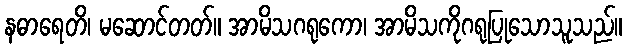
နဓာရေတိ၊ မဆောင်တတ်။ အာမိသဂရုကော၊ အာမိသကိုဂရုပြုသောသူသည်။